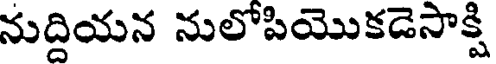
నుద్దియన నులోపియొకడెసాక్షి